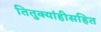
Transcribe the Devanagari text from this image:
तितुक्यांहीसहित